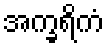
အက္ခရိကံ